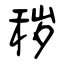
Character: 秽